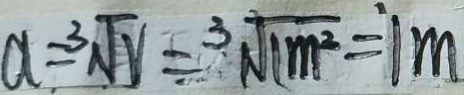
a = 3 \sqrt { r } = 3 \sqrt { 1 m ^ { 2 } } = 1 m